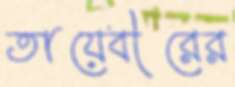
তায়েবীরের